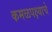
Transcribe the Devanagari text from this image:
कमळपक्ष्याचे